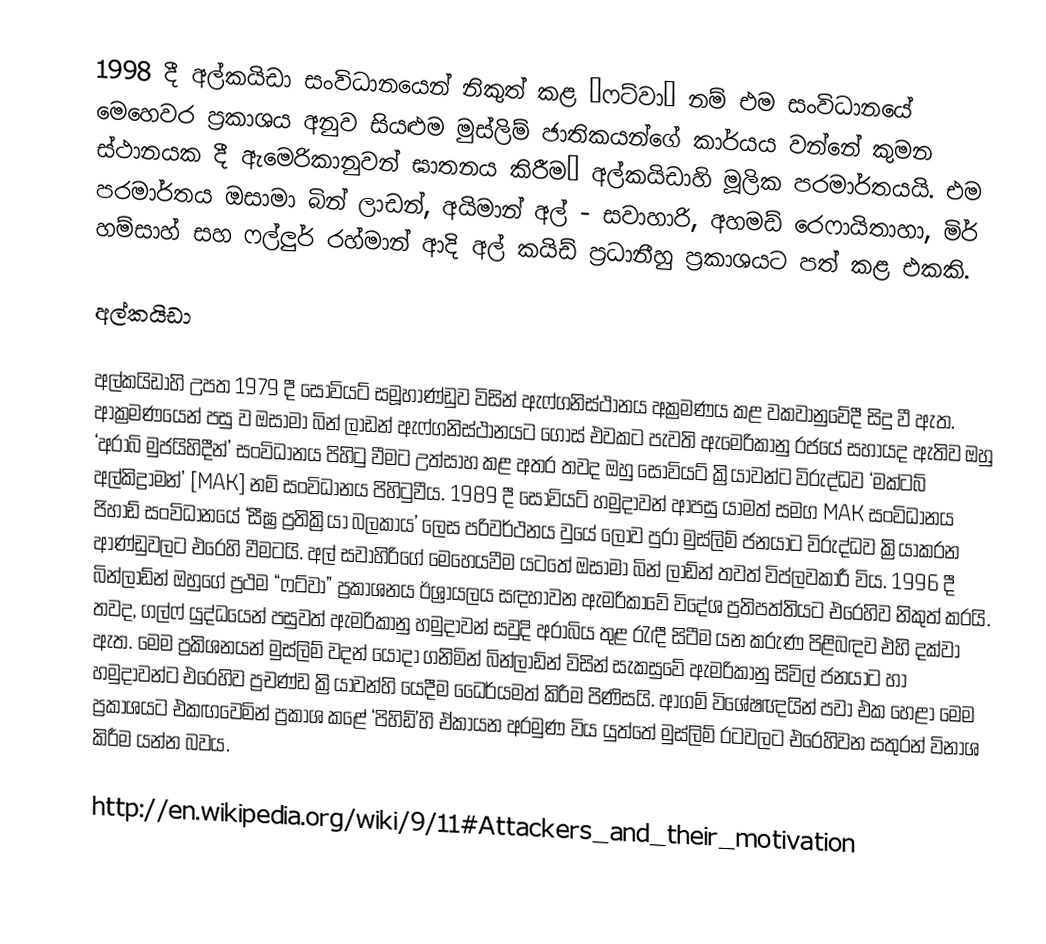
1998 දී අල්කයිඩා සංවිධානයෙන් නිකුත් කළ “ෆට්වා” නම් එම සංවිධානයේ මෙහෙවර ප්‍රකාශය අනුව සියළුම මුස්ලිම් ජාතිකයන්ගේ කාර්යය වන්නේ කුමන ස්ථානයක දී ඇමෙරිකානුවන් ඝාතනය කිරීම’ අල්කයිඩාහි  මූලික පරමාර්තයයි. එම පරමාර්තය ඔසාමා බින් ලාඩන්, අයිමාන් අල් - සවාහාරි, අහමඩ් රෙෆායිතාහා, මිර් හම්සාහ් සහ ෆල්ලුර් රහ්මාන් ආදි අල් කයිඩ් ප්‍රධානීහු ප්‍රකාශයට පත් කළ එකකි.

අල්කයිඩා‍

අල්කයිඩාහි උපත 1979 දී සෝවියට් සමූහාණ්ඩුව විසින් ඇෆ්ගනිස්ථානය අක්‍රමණය කළ වකවානුවේදී සිදු වී ඇත. ආක්‍රමණයෙන් පසු ව ඔසාමා බින් ලාඩන් ඇෆ්ගනිස්ථානයට ගොස් එවකට පැවති ඇමෙරිකානු රජයේ සහායද ඇතිව ඔහු ‘අරාබි මුජයිහිදීන්’ සංවිධානය පිහිටු වීමට උත්සාහ කළ අතර තවද ඔහු සෝවියට් ක්‍රියාවන්ට විරුද්ධව ‘මක්ටබ් අල්කිද්‍රාමන්’ [MAK] නම් සංවිධානය පිහිටුවීය. 1989 දී සෝවියට් හමුදාවන් ආපසු යාමත් සමග MAK සංවිධානය ජිහාඩ් සංවිධානයේ ‘සීඝ්‍ර ප්‍රතික්‍රියා බලකාය’ ලෙස පරිවර්ථනය වුයේ ලොව පුරා මුස්ලිම් ජනයාට විරුද්ධව ක්‍රියාකරන ආණ්ඩුවලට එරෙහි වීමටයි. අල් සවාහිරිගේ මෙහෙයවීම යටතේ ඔසාමා බින් ලාඩ්න් තවත් විප්ලවකාරී විය. 1996 දී බින්ලාඩ්න් ඔහුගේ ප්‍රථම “ෆට්වා” ප්‍රකාශනය ඊශ්‍රායලය සඳහාවන ඇමරිකාවේ විදේශ ප්‍රතිපත්තියට එරෙහිව නිකුත් කරයි. තවද, ගල්ෆ් යුද්ධයෙන් පසුවත් ඇමරිකානු හමුදාවන් සවුදි අරාබිය තුළ රැඳී සිටීම යන කරුණ පිළිබඳව එහි දක්වා ඇත. මෙම ප්‍රකිශනයන් මුස්ලිම් වදන් යොදා ගනිමින් බින්ලාඩ්න් විසින් සැකසුවේ ඇමරිකානු සිවිල් ජනයාට හා හමුදාවන්ට එරෙහිව ප්‍රචණ්ඩ ක්‍රියාවන්හි යෙදීම ධෛර්යමත් කිරීම පිණිසයි. ආගම් විශේෂඥයින් පවා එක හෙළා මෙම ප්‍රකාශයට එකඟවෙමින් ප්‍රකාශ කළේ ‘පිහිඩ්’හි ඒකායන අරමුණ විය යුත්තේ මුස්ලිම් රටවලට එරෙහිවන සතුරන් විනාශ කිරීම යන්න බවය.

http://en.wikipedia.org/wiki/9/11#Attackers_and_their_motivation